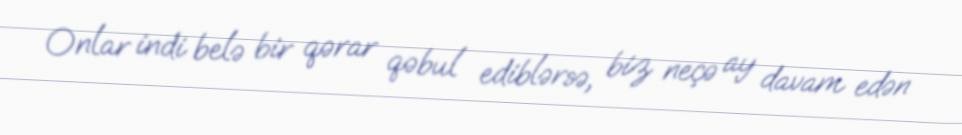
Onlar indi belə bir qərar qəbul ediblərsə, biz neçə ay davam edən